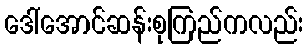
ဒေါ်အောင်ဆန်းစုကြည်ကလည်း